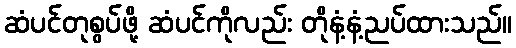
ဆံပင်တုစွပ်ဖို့ ဆံပင်ကိုလည်း တိုနံ့နံ့ညပ်ထားသည်။